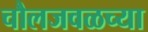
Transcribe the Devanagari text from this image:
चौलजवळच्या